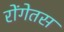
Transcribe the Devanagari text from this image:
रोंगेतस